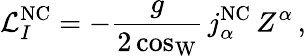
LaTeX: \mathcal{L}_{I}^{\mathrm{NC}}=-\frac{g}{2\cos_{\mathrm{W}}}\, j_{\alpha}^{\mathrm{NC}}\, Z^{\alpha}\, ,